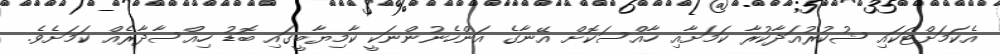
އެކަމަށްޓަކައި ޝުކުރުއަދާކުރާ ކަމަށާއި ހާއްސަކޮށް އޭނާގެ އަންހެނުންނަކީ ކާމިޔާބީގައި ބޮޑު ހިއްސާދާރެއް ކަމަށެވެ.